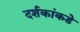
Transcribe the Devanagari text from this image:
दर्शकांकडे